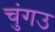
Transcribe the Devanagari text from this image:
चुंगउ